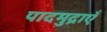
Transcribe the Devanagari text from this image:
पादमुद्राएँ